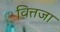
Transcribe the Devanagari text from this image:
वित्तजा